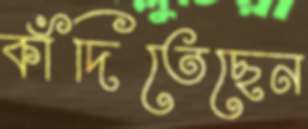
কাঁদিতেছেন